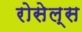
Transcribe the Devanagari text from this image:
रोसेल्स